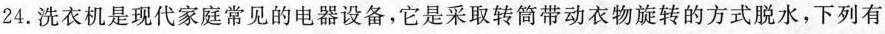
24.洗衣机是现代家庭常见的电器设备，它是采取转筒带动衣物旋转的方式脱水，下列有